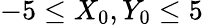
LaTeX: -5\leq X_{0},Y_{0}\leq 5